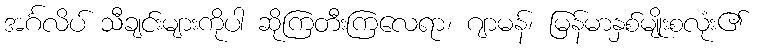
အင်္ဂလိပ် သီချင်းများကိုပါ ဆိုကြတီးကြလေရာ၊ ဂျာမန်၊ မြန်မာနှစ်မျိုးစလုံး၏